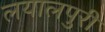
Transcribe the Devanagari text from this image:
लयालपुरी